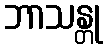
ဘာသန္တု